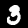
Digit: 3